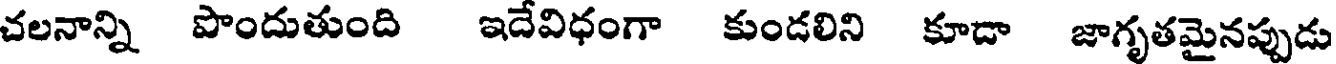
చలనాన్ని పొందుతుంది ఇదేవిధంగా కుండలిని కూడా జాగృతమైనప్పుడు